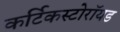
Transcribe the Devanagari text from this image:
कर्टिकस्टोरॉयड